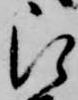
被